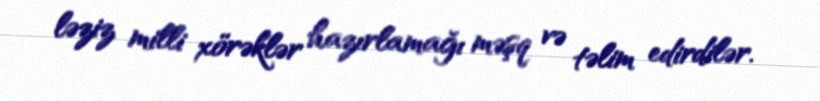
ləziz milli xörəklər hazırlamağı məşq və təlim edirdilər.